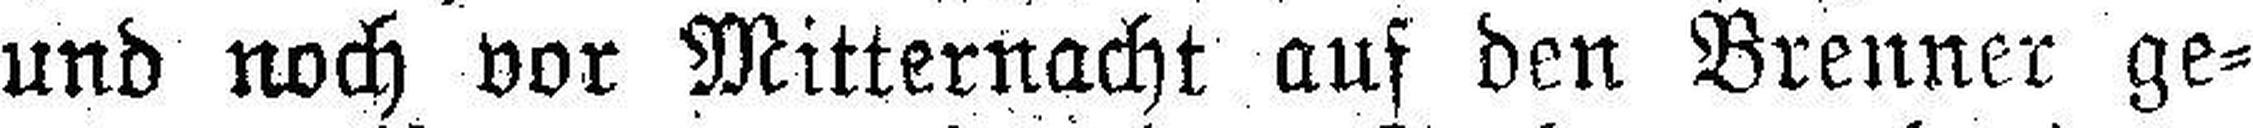
und noch vor Mitternacht auf den Brenner ge¬